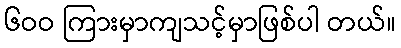
၆ဝဝ ကြားမှာကျသင့်မှာဖြစ်ပါ တယ်။